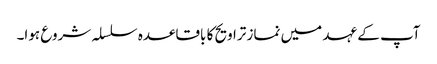
آپ کے عہد میں نماز تراویح کا باقاعدہ سلسلہ شروع ہوا۔